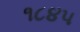
૧૮૪૫